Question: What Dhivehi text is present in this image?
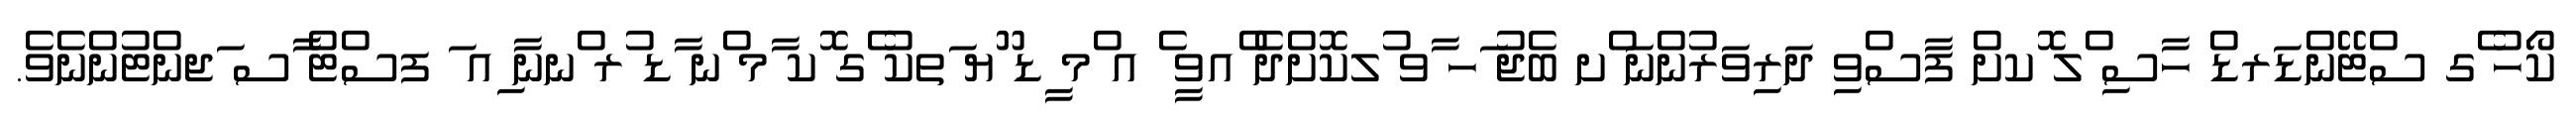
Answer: ކޯހު ެގ ސްޓޭންޑަރޑް ހާސި ްލ ޮކށް ފާސްވި ދަރިވަރުންނަ ްށ ބެޖު ަހ ާވ ުލކޮށްދެ ްއވީ ެ އ ްމ ީޑ ޫޔ ަތކު ެގ ޮކ ާމ ްނ ާޑ ުރ ްނނާ ިއ ަ ފސްޓް ާސ ަޖންޓުންނެވެ.